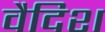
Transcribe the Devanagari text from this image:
वैदिश